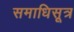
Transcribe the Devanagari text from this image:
समाधिसूत्र